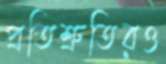
প্রতিশ্রুতিরও